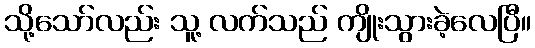
သို့သော်လည်း သူ့ လက်သည် ကျိုးသွားခဲ့လေပြီ။